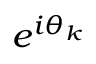
e ^ { i \theta _ { k } }